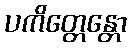
ပကိတ္တေန္တော